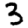
Digit: 3